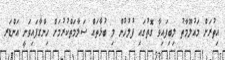
އިތުރަށް މައުލޫމާތު ލިބިފައިވާ ގޮތުގައި ފުލުހުން މި ބުޅާތައް ސަލާމަތްކުރުމަށް ހިންގާފައިވަނީ އަންޑަރ